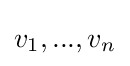
v_{1},...,v_{n}